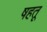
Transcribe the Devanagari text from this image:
षहतू